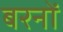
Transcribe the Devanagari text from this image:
बरनों